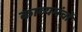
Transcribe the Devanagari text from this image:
काव्यमंचों